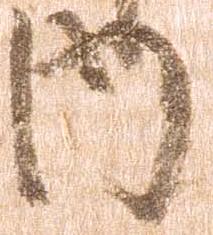
内